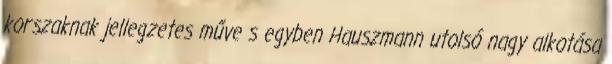
korszaknak jellegzetes műve s egyben Hauszmann utolsó nagy alkotása